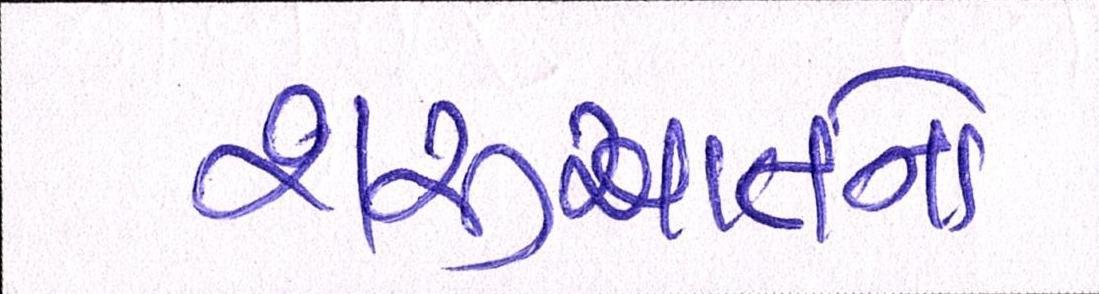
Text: શરૂઆતનો